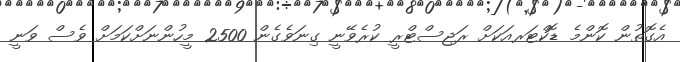
އެގޮތުން ކޮންމެ ޑޮކްޓަރއަކަށް ރަޖިސްޓްރީ ކުރެވޭނީ ގިނަވެގެން 2500 މީހުންނަށްކަމަށް ވެސް ވަނީ